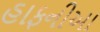
હાફનીઆ